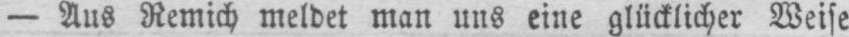
- Aus Remich meldet man uns eine glücklicher Weise